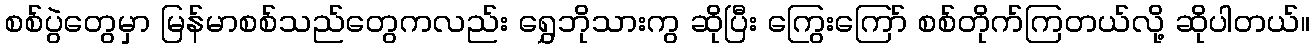
စစ်ပွဲတွေမှာ မြန်မာစစ်သည်တွေကလည်း ရွှေဘိုသားကွ ဆိုပြီး ကြွေးကြော် စစ်တိုက်ကြတယ်လို့ ဆိုပါတယ်။